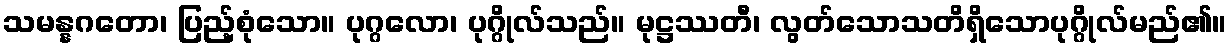
သမန္နဂတော၊ ပြည့်စုံသော။ ပုဂ္ဂလော၊ ပုဂ္ဂိုလ်သည်။ မုဋ္ဌဿတီ၊ လွတ်သောသတိရှိသောပုဂ္ဂိုလ်မည်၏။